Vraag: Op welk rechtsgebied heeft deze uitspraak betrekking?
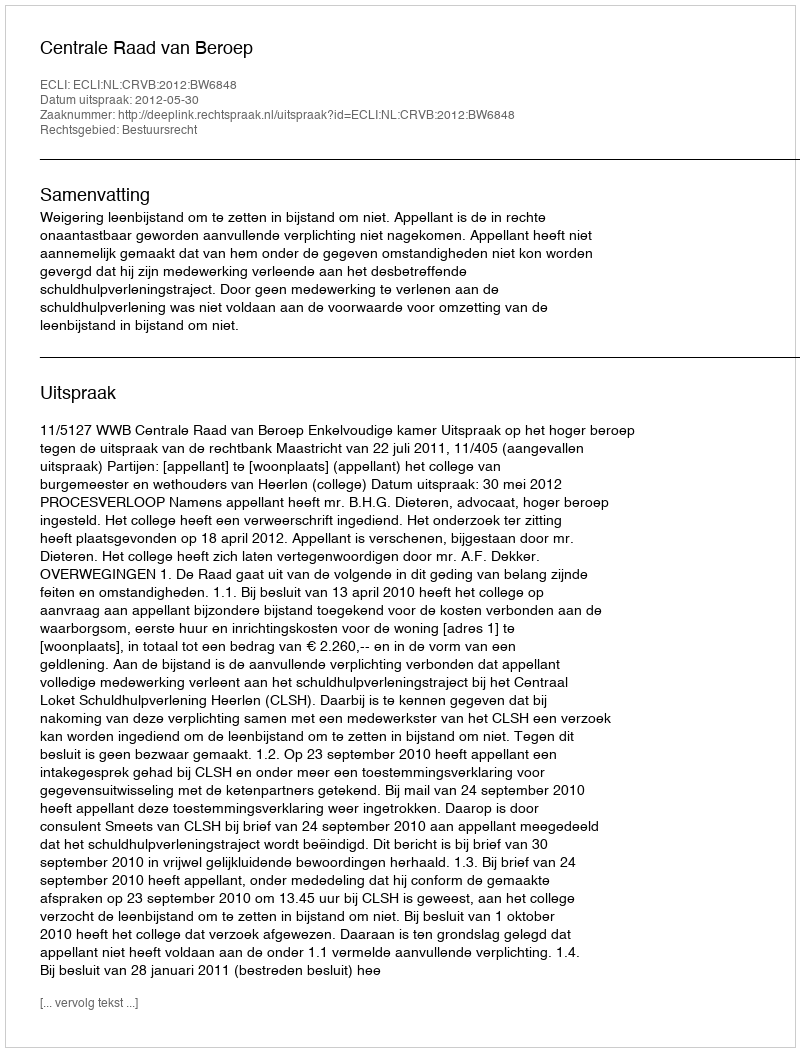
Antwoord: Bestuursrecht